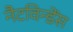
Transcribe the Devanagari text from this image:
नैटविन्डेंस